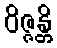
ဝိဇ္ဇန္တိ